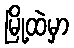
မြို့ထဲမှာ